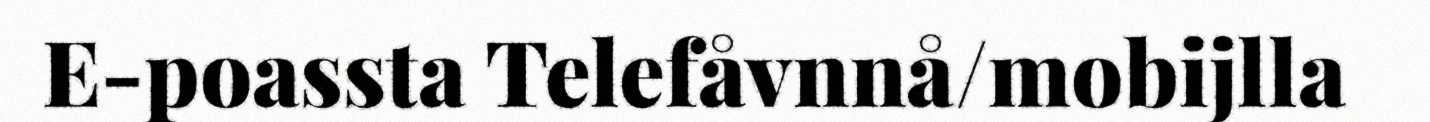
E-poassta Telefåvnnå/mobijlla